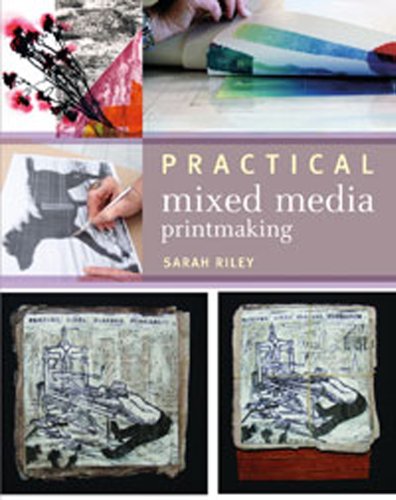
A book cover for Practical Mixed-Media Printmaking; Sarah Riley; Crafts, Hobbies & Home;